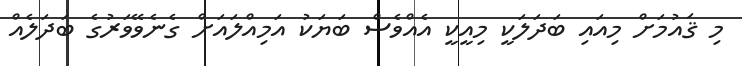
މި ޤައުމަށް މިއައި ބަދަލަކީ މިއީކީ އެއްވެސް ބަޔަކު އަމިއްލައަށް ގެނެވޭވަރުގެ ބަދަލެއް